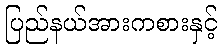
ပြည်နယ်အားကစားနှင့်